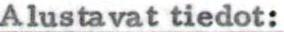
Alustavat tiedot: